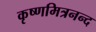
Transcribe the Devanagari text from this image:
कृष्णमित्रनन्द